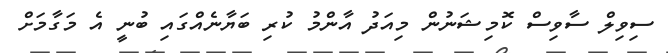
ސިވިލް ސާވިސް ކޮމިޝަނުން މިއަދު އާންމު ކުރި ބަޔާނެއްގައި ބުނީ އެ މަގާމަށް